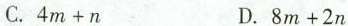
C.$$4 m + n$$ D.$$8 m + 2 n$$